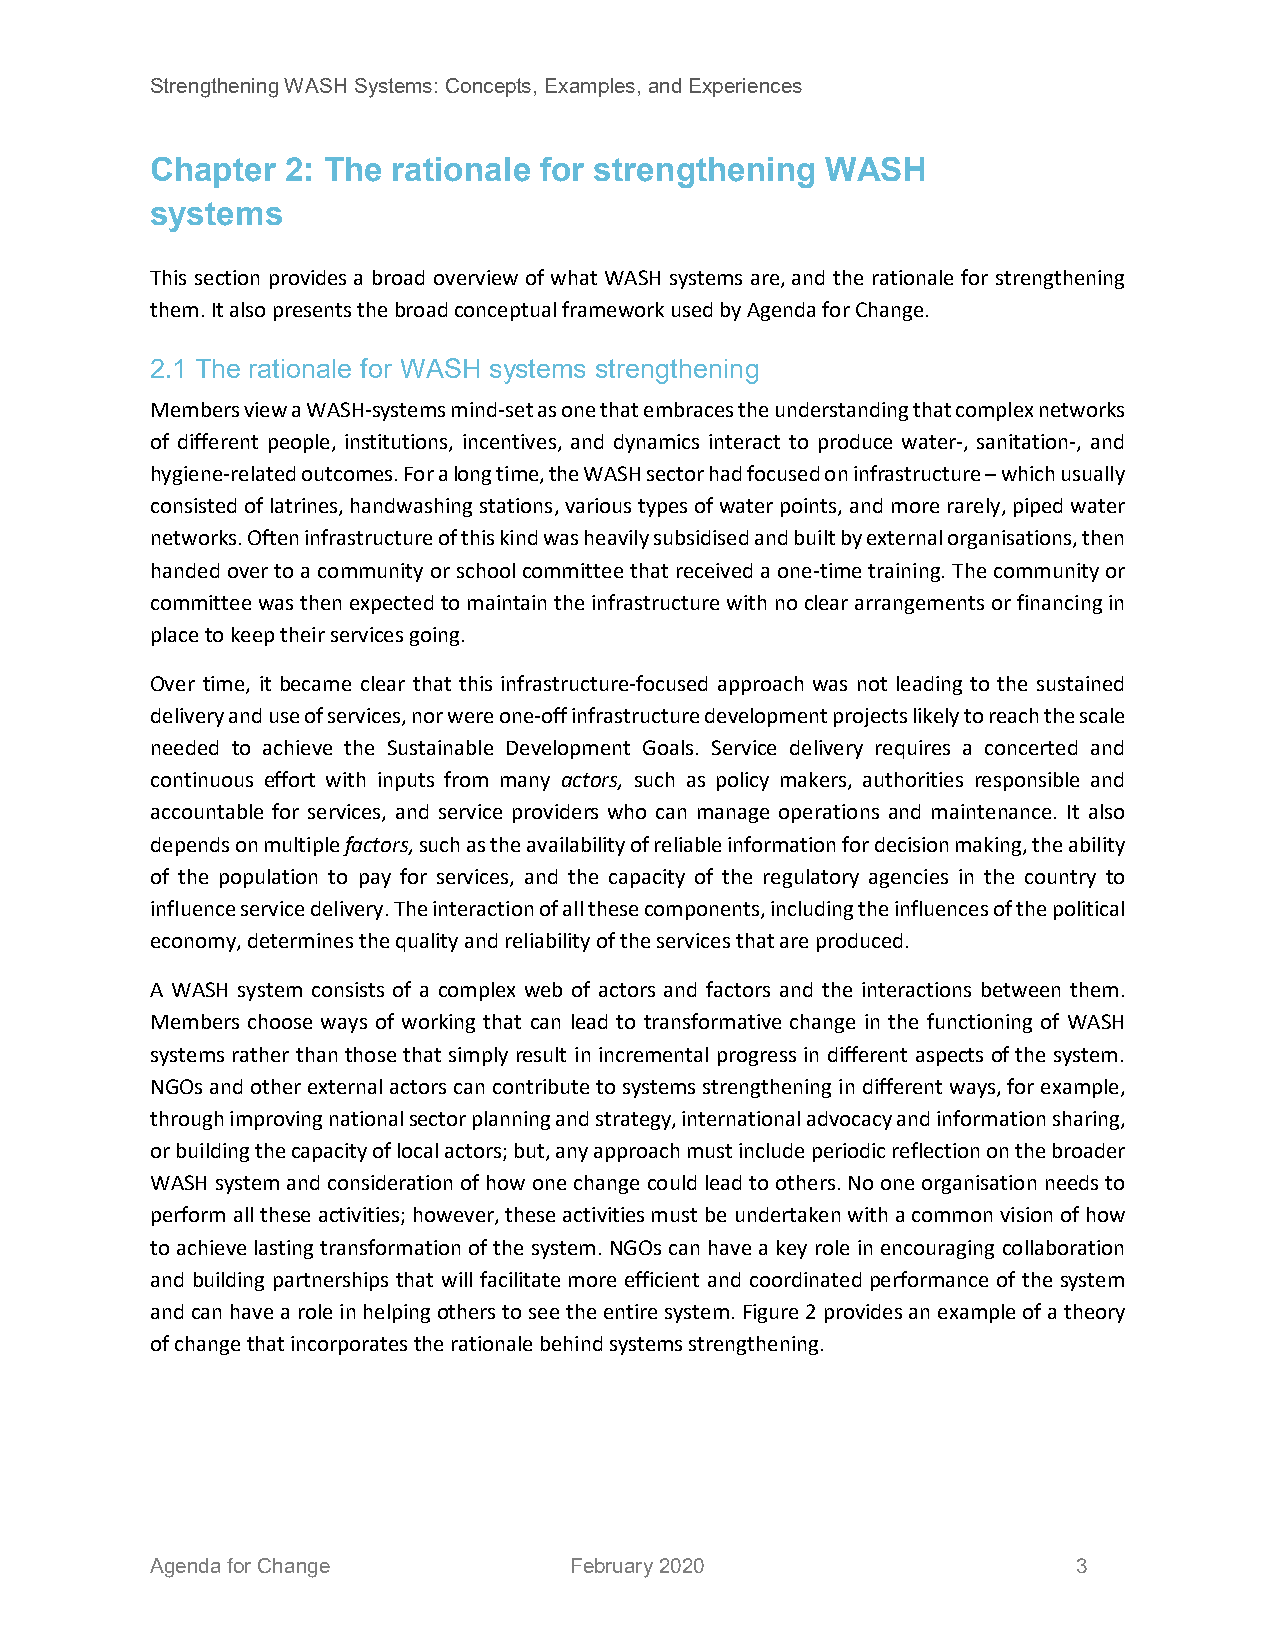
Strengthening WASH Systems: Concepts, Examples, and Experiences
 Chapter  2: The rationale for strengthening  WASH
 systems
 This section provides a broad overview of what WASH systems are, and the rationale for strengthening
 them. It also presents the broad conceptual framework used by Agenda for Change.
 2.1 The rationale for WASH systems strengthening
 Members view a WASH-systems mind-set as one that embraces the understanding that complex networks
 of different people, institutions, incentives, and dynamics interact to produce water-, sanitation-, and
 hygiene-related outcomes. For a long time, the WASH sector had focused on infrastructure – which usually
 consisted of latrines, handwashing stations, various types of water points, and more rarely, piped water
 networks. Often infrastructure of this kind was heavily subsidised and built by external organisations, then
 handed over to a community or school committee that received a one-time training. The community or
 committee was then expected to maintain the infrastructure with no clear arrangements or financing in
 place to keep their services going.
 Over time, it became clear that this infrastructure-focused approach was not leading to the sustained
 delivery and use of services, nor were one-off infrastructure development projects likely to reach the scale
 needed to achieve the Sustainable Development Goals. Service delivery requires a concerted and
 continuous effort with inputs from many actors, such as policy makers, authorities responsible and
 accountable for services, and service providers who can manage operations and maintenance. It also
 depends on multiple factors, such as the availability of reliable information for decision making, the ability
 of the population to pay for services, and the capacity of the regulatory agencies in the country to
 influence service delivery. The interaction of all these components, including the influences of the political
 economy, determines the quality and reliability of the services that are produced.
 A WASH system consists of a complex web of actors and factors and the interactions between them.
 Members choose ways of working that can lead to transformative change in the functioning of WASH
 systems rather than those that simply result in incremental progress in different aspects of the system.
 NGOs and other external actors can contribute to systems strengthening in different ways, for example,
 through improving national sector planning and strategy, international advocacy and information sharing,
 or building the capacity of local actors; but, any approach must include periodic reflection on the broader
 WASH system and consideration of how one change could lead to others. No one organisation needs to
 perform all these activities; however, these activities must be undertaken with a common vision of how
 to achieve lasting transformation of the system. NGOs can have a key role in encouraging collaboration
 and building partnerships that will facilitate more efficient and coordinated performance of the system
 and can have a role in helping others to see the entire system. Figure 2 provides an example of a theory
 of change that incorporates the rationale behind systems strengthening.
 Agenda for Change           February 2020                    3